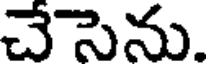
చేసెను.